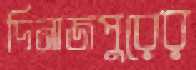
দিনাজপুরের